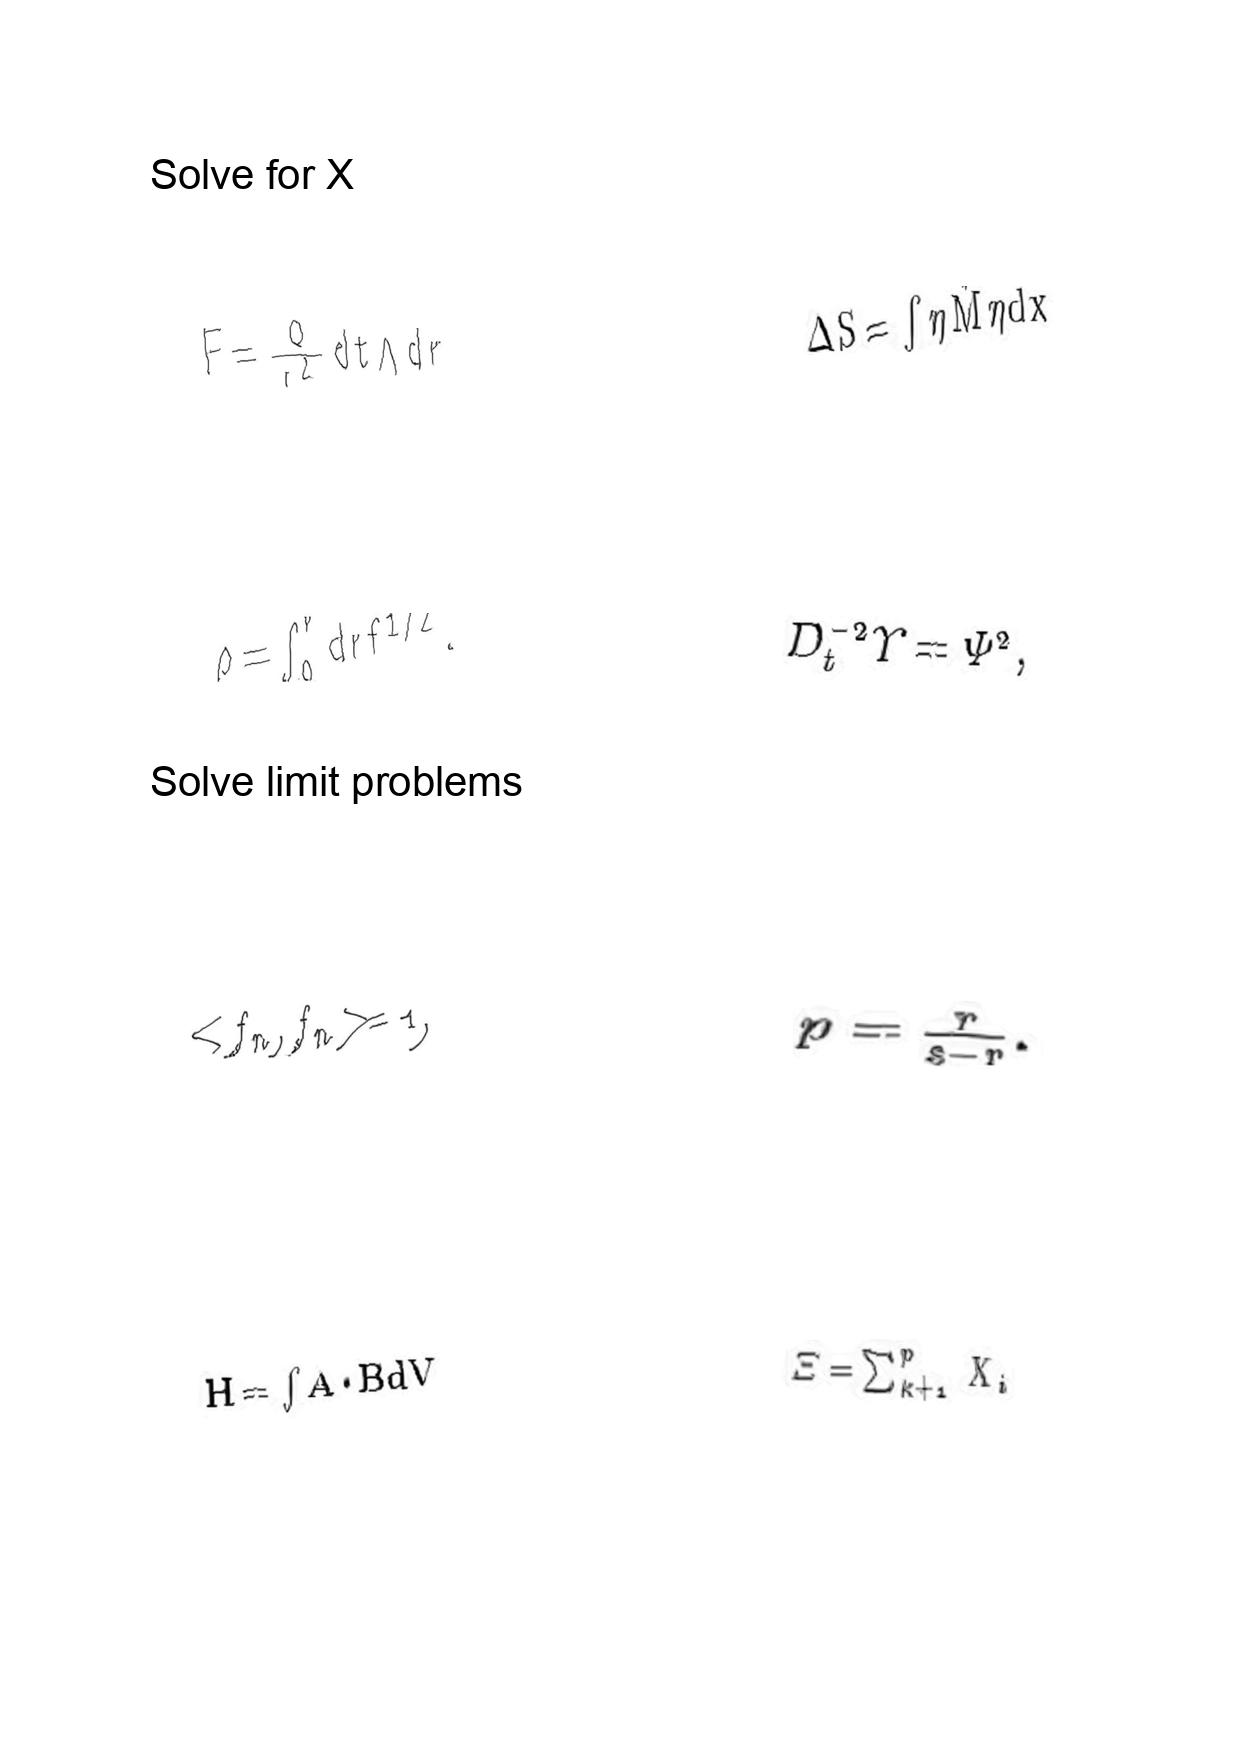
LaTeX transcription:
F = \frac { Q } { r ^ { 2 } } d t \wedge d r
\rho = \int _ { 0 } ^ { r } d r f ^ { 1 / 2 } .
\lt f _ { n } , f _ { n } \gt = 1 ,
H = \int A \cdot B d V
\Delta S = \int \eta \hat { M } \eta d x
D _ { t } ^ { - 2 } \Upsilon = \Psi ^ { 2 } ,
p = \frac { r } { s - r } .
\Xi = \sum _ { k + 1 } ^ { p } X _ { i }